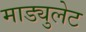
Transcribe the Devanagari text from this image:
माड्युलेट